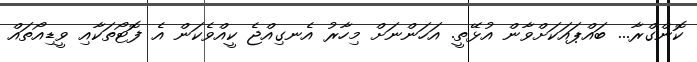
ކޮންގްރާ... ބައްޕައަކަށްވާން އުޅޭތީ. އަހަންނަށް މިހާރު އެނގިއްޖެ ކީއްވެކަން އެ ފޮޓޯތަކާއި ވީޑިއޯތައް